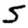
Digit: 5